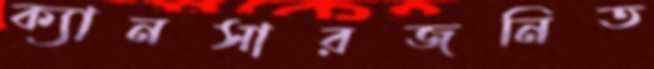
ক্যানসারজনিত